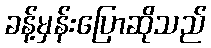
ခန့်မှန်းပြောဆိုသည်